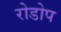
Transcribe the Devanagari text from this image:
रोडोप